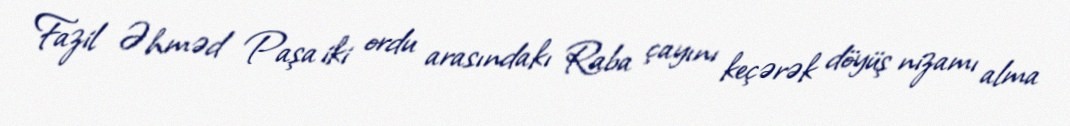
Fazil Əhməd Paşa iki ordu arasındakı Raba çayını keçərək döyüş nizamı alma